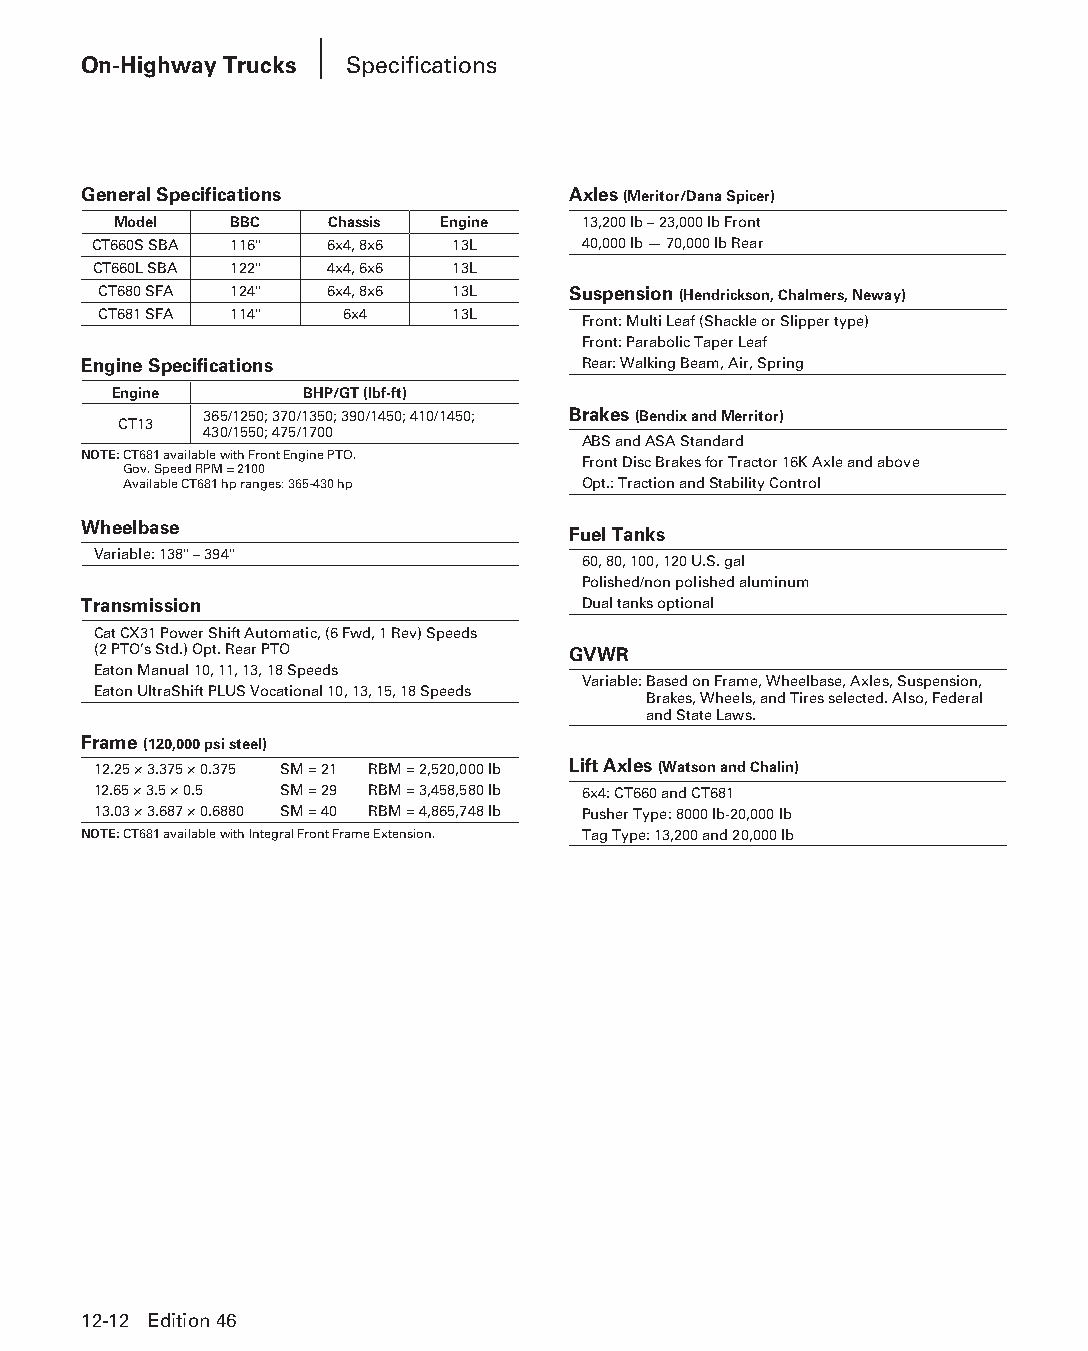
On-Highway Trucks Specifications
 General Specifications          Axles (Meritor/Dana Spicer)
 Model   BBC   Chassis Engine   13,200 lb – 23,000 lb Front
 CT660S SBA 116" 6x4, 8x6 13L     40,000 lb — 70,000 lb Rear
 CT660L SBA 122" 4x4, 6x6 13L
 CT680 SFA 124" 6x4, 8x6 13L    Suspension (Hendrickson, Chalmers, Neway)
 CT681 SFA 114"  6x4    13L
 Front: Multi Leaf (Shackle or Slipper type)
 Front: Parabolic Taper Leaf
 Engine Specifications            Rear: Walking Beam, Air, Spring
 Engine      BHP/GT (lbf-ft)
 365/1250; 370/1350; 390/1450; 410/1450; Brakes (Bendix and Merritor)
 CT13
 430/1550; 475/1700
 ABS and ASA Standard
 NOTE: CT681 available with Front Engine PTO.
 Front Disc Brakes for Tractor 16K Axle and above
 Gov. Speed RPM = 2100
 Available CT681 hp ranges: 365-430 hp Opt.: Traction and Stability Control
 Wheelbase
 Fuel Tanks
 Variable: 138" – 394"
 60, 80, 100, 120 U.S. gal
 Polished/non polished aluminum
 Transmission                     Dual tanks optional
 Cat CX31 Power Shift Automatic, (6 Fwd, 1 Rev) Speeds
 (2 PTO’s Std.) Opt. Rear PTO   GVWR
 Eaton Manual 10, 11, 13, 18 Speeds
 Variable: Based on Frame, Wheelbase, Axles, Suspension,
 Eaton UltraShift PLUS Vocational 10, 13, 15, 18 Speeds
 Brakes, Wheels, and Tires selected. Also, Federal
 and State Laws.
 Frame (120,000 psi steel)
 12.25 × 3.375 × 0.375 SM = 21 RBM = 2,520,000 lb Lift Axles (Watson and Chalin)
 12.65 × 3.5 × 0.5 SM = 29 RBM = 3,458,580 lb 6x4: CT660 and CT681
 13.03 × 3.687 × 0.6880 SM = 40 RBM = 4,865,748 lb Pusher Type: 8000 lb-20,000 lb
 NOTE: CT681 available with Integral Front Frame Extension. Tag Type: 13,200 and 20,000 lb
 12-12 Edition 46
 PPHHBB--SSeecc1122--1166..iinndddd 1122                        1122//44//1155 1100::4477 AAMM